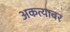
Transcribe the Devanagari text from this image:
अकत्याबर